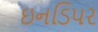
ઇનડિપર